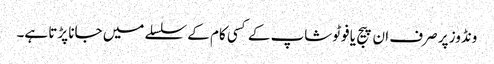
ونڈوز پر صرف ان پیج یا فوٹوشاپ کے کسی کام کے سلسلے میں جانا پڑتا ہے۔